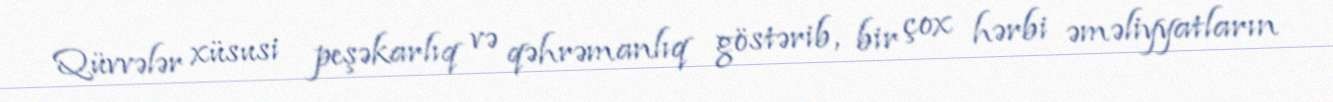
Qüvvələr xüsusi peşəkarlıq və qəhrəmanlıq göstərib, bir çox hərbi əməliyyatların